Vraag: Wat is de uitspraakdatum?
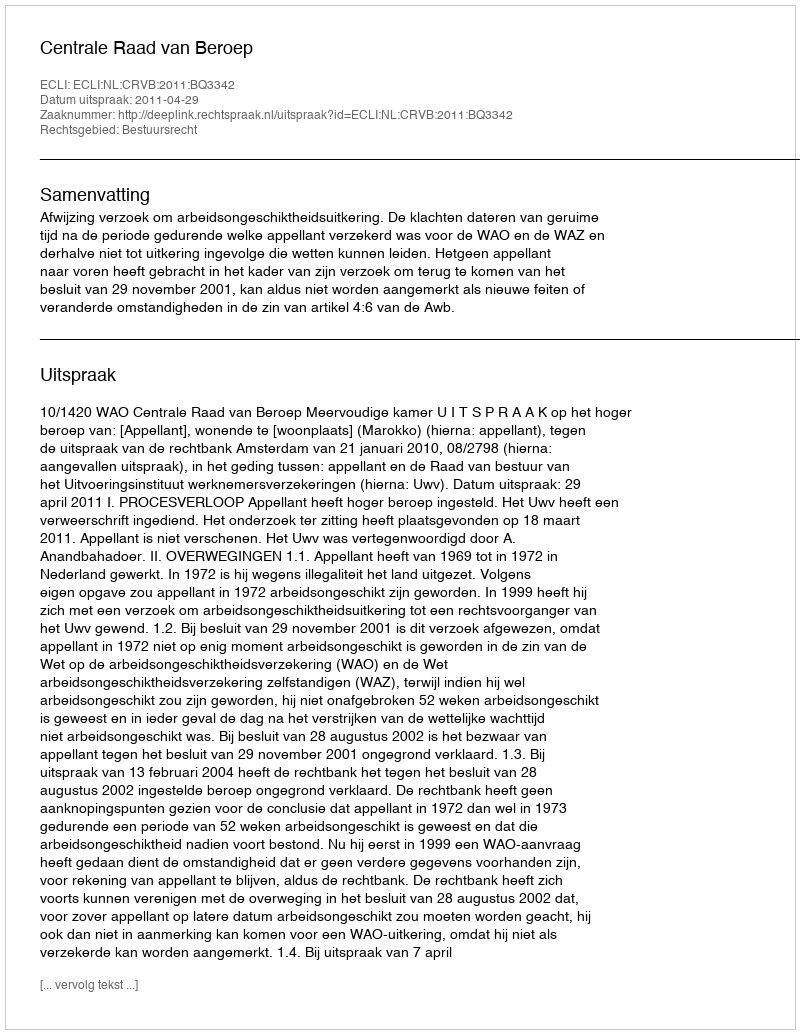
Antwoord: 2011-04-29